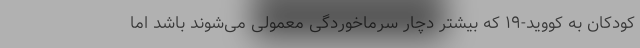
کودکان به کووید-۱۹ که بیشتر دچار سرماخوردگی معمولی می‌شوند باشد اما